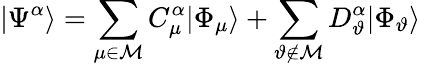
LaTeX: |\Psi^{\alpha}\rangle=\sum_{\mu\in{\cal M}}C_{\mu}^{\alpha}|\Phi_{\mu}\rangle+\sum_{\vartheta\notin{\cal M}}D_{\vartheta}^{\alpha}|\Phi_{\vartheta}\rangle